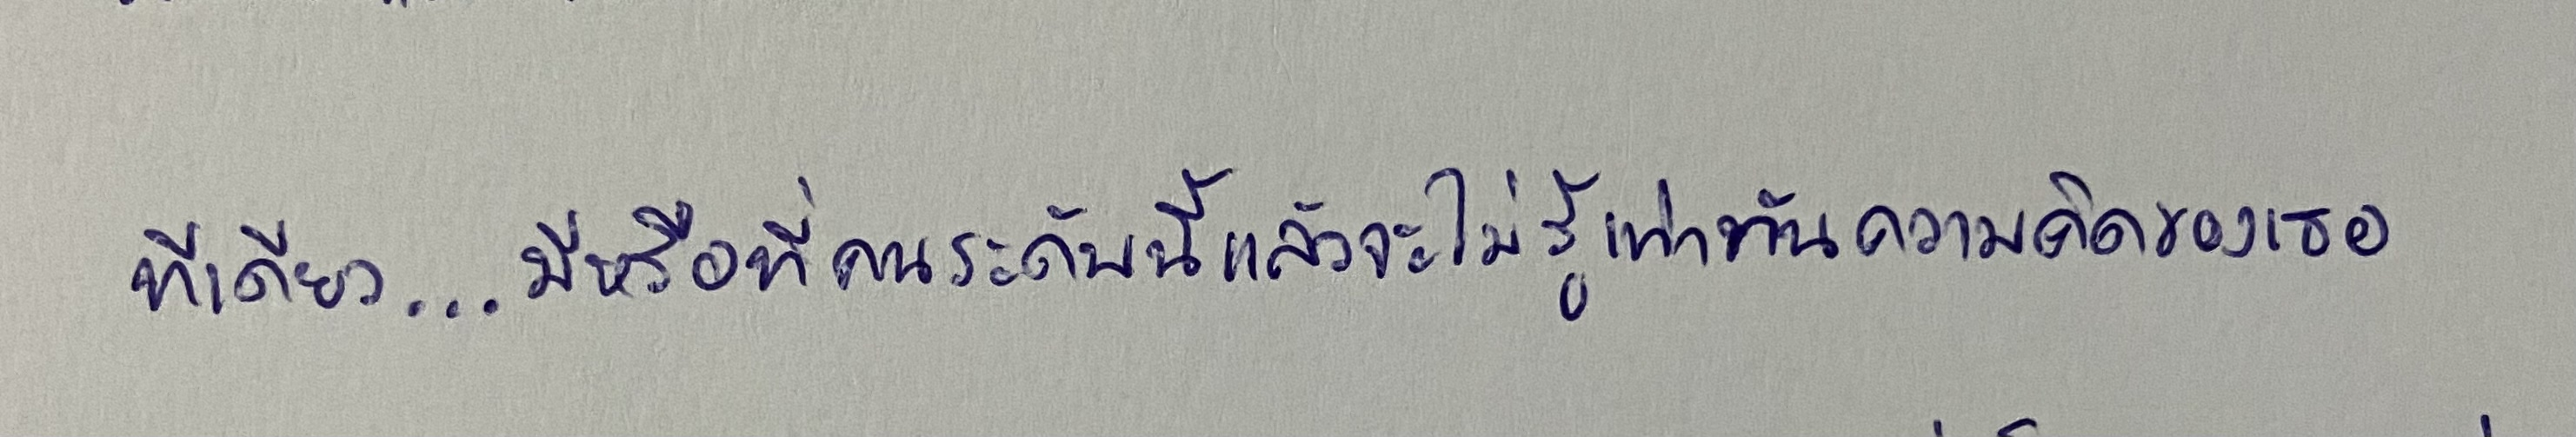
ทีเดียว...มีหรือที่คนระดับนี้แล้วจะไม่รู้เท่าทันความคิดของเธอ